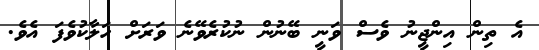
އެ ތިން އިންޖީނު ވެސް ވަނީ ބޭނުން ނުކުރެވޭނެ ވަރަށް ހަލާކުވެފަ އެވެ.